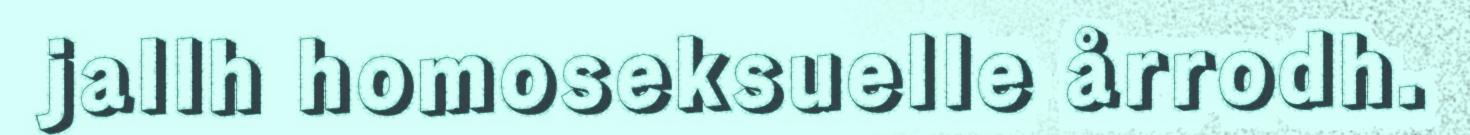
jallh homoseksuelle årrodh.